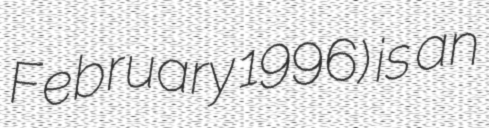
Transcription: February 1996) is an